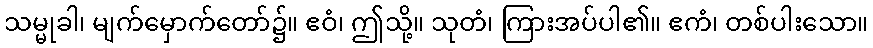
သမ္မုခါ၊ မျက်မှောက်တော်၌။ ဧဝံ၊ ဤသို့။ သုတံ၊ ကြားအပ်ပါ၏။ ဧကံ၊ တစ်ပါးသော။